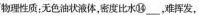
物理性质；无色油状液体，密度比水⑭___，难挥发，